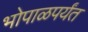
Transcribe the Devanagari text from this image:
भोपाळपर्यंत